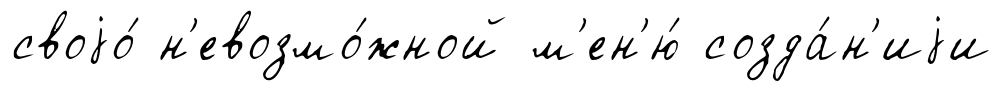
своjо́ н'евозмо́жной м'ен'ю́ созда́н'иjи